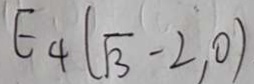
E _ { 4 } ( \sqrt { 3 } - 2 , 0 )